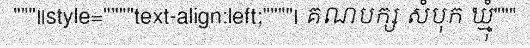
"""||style=""""text-align:left;""""| គណបក្ស សំបុក ឃ្មុំ"""